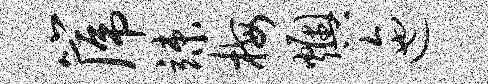
篪竦梅燠迤